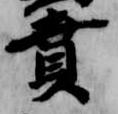
賁